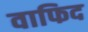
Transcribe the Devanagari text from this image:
वाफिद